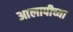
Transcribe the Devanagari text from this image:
आलापीच्या